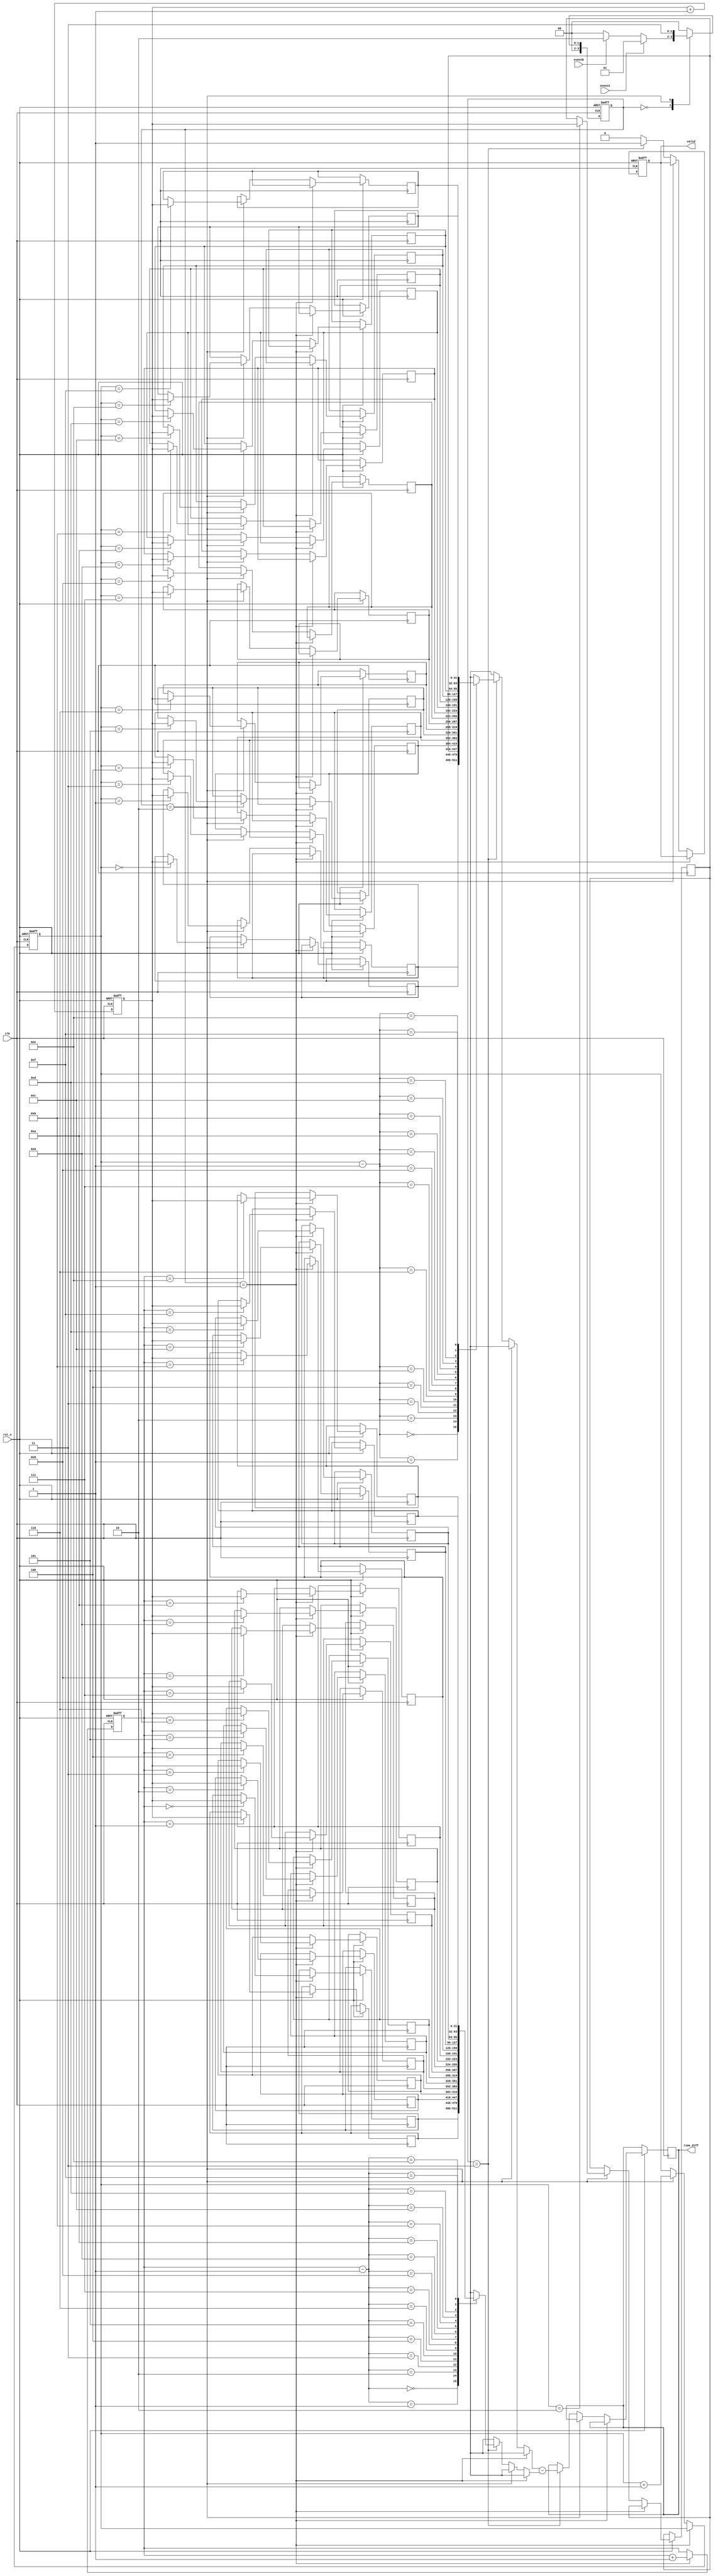
module TDC (
    input wire clk,               // Clock signal
    input wire rst_n,             // Asynchronous reset (active low)
    input wire eventA,            // Event A input
    input wire eventB,            // Event B input
    output reg [31:0] time_diff,  // Output time difference
    output reg valid              // Valid signal to indicate output is ready
);

    // Parameters
    parameter DEPTH = 16;          // Depth of the memory blocks
    parameter TIME_WIDTH = 32;     // Width for timestamp

    // Memory blocks to store timestamps
    reg [TIME_WIDTH-1:0] timestampA [0:DEPTH-1];
    reg [TIME_WIDTH-1:0] timestampB [0:DEPTH-1];
    
    // Internal registers
    reg [3:0] write_ptrA;          // Write pointer for Event A timestamps
    reg [3:0] write_ptrB;          // Write pointer for Event B timestamps
    reg [TIME_WIDTH-1:0] current_time; // Current time captured (for simplicity, assume it increments every clock cycle)
    reg [3:0] state;               // FSM state
    reg [3:0] next_state;          // Next state
    
    // States
    localparam IDLE        = 4'd0;
    localparam CAPTURE_A   = 4'd1;
    localparam CAPTURE_B   = 4'd2;
    localparam CALCULATE   = 4'd3;

    // Clock process for current time (for simulation, increment each clock cycle)
    always @(posedge clk or negedge rst_n) begin
        if (!rst_n)
            current_time <= 0;
        else
            current_time <= current_time + 1; // Simulate current time increment
    end

    // FSM for event detection and processing
    always @(posedge clk or negedge rst_n) begin
        if (!rst_n) begin
            state <= IDLE;
            valid <= 0;
            write_ptrA <= 0;
            write_ptrB <= 0;
        end else begin
            state <= next_state;
            if (state == CAPTURE_A) begin
                timestampA[write_ptrA] <= current_time;
                write_ptrA <= write_ptrA + 1;
            end else if (state == CAPTURE_B) begin
                timestampB[write_ptrB] <= current_time;
                write_ptrB <= write_ptrB + 1;
            end else if (state == CALCULATE) begin
                time_diff <= timestampB[write_ptrB-1] - timestampA[write_ptrA-1];
                valid <= 1;  // Indicate valid output
            end else begin
                valid <= 0;  // Reset valid signal
            end
        end
    end

    // Next state logic
    always @(*) begin
        case(state)
            IDLE: begin
                if (eventA)
                    next_state = CAPTURE_A;
                else if (eventB)
                    next_state = CAPTURE_B;
                else
                    next_state = IDLE;
            end
            CAPTURE_A: begin
                next_state = IDLE; // Return to IDLE after capturing A
            end
            CAPTURE_B: begin
                next_state = CALCULATE; // Go to calculate after capturing B
            end
            CALCULATE: begin
                next_state = IDLE; // Return to IDLE after calculation
            end
            default: next_state = IDLE;
        endcase
    end

endmodule